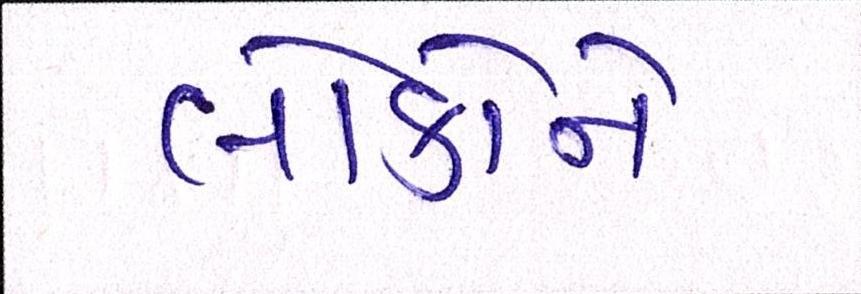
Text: લોકોને